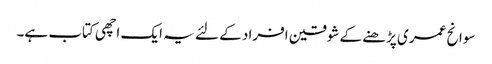
سوانح عمری پڑھنے کے شوقین افراد کے لئے یہ ایک اچھی کتاب ہے۔